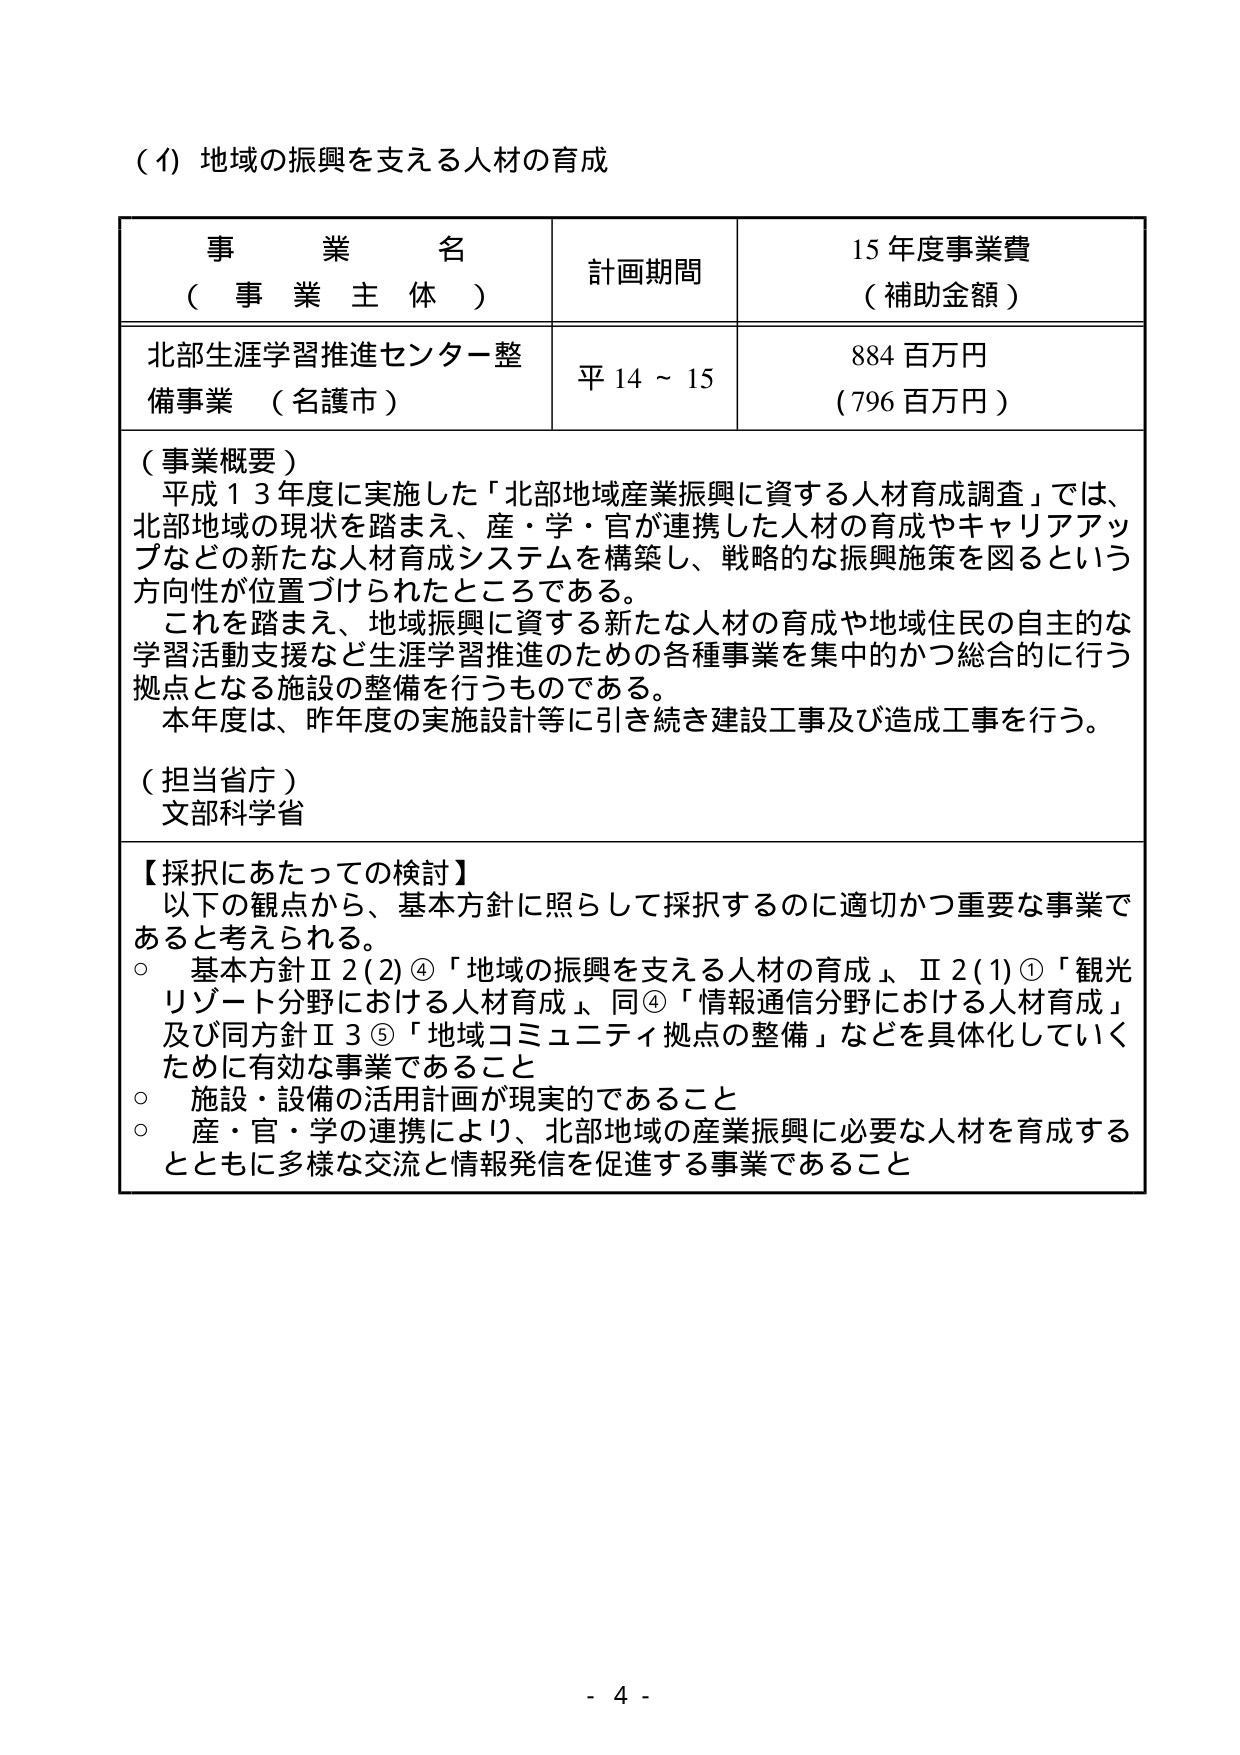
（イ）地域の振興を支える人材の育成

事 業 名
（ 事 業 主 体 ）

計画期間

15年度事業費
（補助金額）

北部生涯学習推進センター整備事業 （名護市）

平14～15

884百万円
（796百万円）

（事業概要）
平成13年度に実施した「北部地域産業振興に資する人材育成調査」では、
北部地域の現状を踏まえ、産・学・官が連携した人材の育成やキャリアアップなどの新たな人材育成システムを構築し、戦略的な振興施策を図るという方向性が位置づけられたところである。
これを踏まえ、地域振興に資する新たな人材の育成や地域住民の自主的な学習活動支援など生涯学習推進のための各種事業を集中的かつ総合的に行う拠点となる施設の整備を行うものである。
本年度は、昨年度の実施設計等に引き続き建設工事及び造成工事を行う。

（担当省庁）
文部科学省

【採択にあたっての検討】
以下の観点から、基本方針に照らして採択するのに適切かつ重要な事業であると考えられる。
○ 基本方針Ⅱ2(2)④「地域の振興を支える人材の育成」、Ⅱ2(1)①「観光リゾート分野における人材育成」、同④「情報通信分野における人材育成」及び同方針Ⅱ3⑤「地域コミュニティ拠点の整備」などを具体化していくために有効な事業であること
○ 施設・設備の活用計画が現実的であること
○ 産・官・学の連携により、北部地域の産業振興に必要な人材を育成するとともに多様な交流と情報発信を促進する事業であること

- 4 -